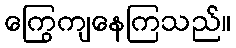
ကြွေကျနေကြသည်။